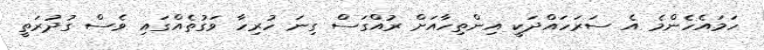
ހަމައެހެންމެ އެ ސަރަހައްދަކީ އިންތިހާއަށް ރުއްގަސް ގިނަ ހުރިހާ ވަގުތެއްގައި ވެސް ގުދުރަތީ